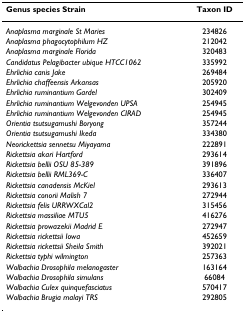
<table><thead><tr><td><b>Genus species Strain</b></td><td><b>Taxon ID</b></td></tr></thead><tbody><tr><td><i>Anaplasma marginale St Maries</i></td><td>234826</td></tr><tr><td><i>Anaplasma phagocytophilum HZ</i></td><td>212042</td></tr><tr><td><i>Anaplasma marginale Florida</i></td><td>320483</td></tr><tr><td><i>Candidatus Pelagibacter ubique HTCC1062</i></td><td>335992</td></tr><tr><td><i>Ehrlichia canis Jake</i></td><td>269484</td></tr><tr><td><i>Ehrlichia chaffeensis Arkansas</i></td><td>205920</td></tr><tr><td><i>Ehrlichia ruminantium Gardel</i></td><td>302409</td></tr><tr><td><i>Ehrlichia ruminantium Welgevonden UPSA</i></td><td>254945</td></tr><tr><td><i>Ehrlichia ruminantium Welgevonden CIRAD</i></td><td>254945</td></tr><tr><td><i>Orientia tsutsugamushi Boryong</i></td><td>357244</td></tr><tr><td><i>Orientia tsutsugamushi Ikeda</i></td><td>334380</td></tr><tr><td><i>Neorickettsia sennetsu Miyayama</i></td><td>222891</td></tr><tr><td><i>Rickettsia akari Hartford</i></td><td>293614</td></tr><tr><td><i>Rickettsia bellii OSU 85-389</i></td><td>391896</td></tr><tr><td><i>Rickettsia bellii RML369-C</i></td><td>336407</td></tr><tr><td><i>Rickettsia canadensis McKiel</i></td><td>293613</td></tr><tr><td><i>Rickettsia conorii Malish 7</i></td><td>272944</td></tr><tr><td><i>Rickettsia felis URRWXCal2</i></td><td>315456</td></tr><tr><td><i>Rickettsia massiliae MTU5</i></td><td>416276</td></tr><tr><td><i>Rickettsia prowazekii Madrid E</i></td><td>272947</td></tr><tr><td><i>Rickettsia rickettsii Iowa</i></td><td>452659</td></tr><tr><td><i>Rickettsia rickettsii Sheila Smith</i></td><td>392021</td></tr><tr><td><i>Rickettsia typhi wilmington</i></td><td>257363</td></tr><tr><td><i>Wolbachia Drosophila melanogaster</i></td><td>163164</td></tr><tr><td><i>Wolbachia Drosophila simulans</i></td><td>66084</td></tr><tr><td><i>Wolbachia Culex quinquefasciatus</i></td><td>570417</td></tr><tr><td><i>Wolbachia Brugia malayi TRS</i></td><td>292805</td></tr></tbody></table>